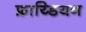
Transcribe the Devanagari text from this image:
फ्राय्डियन